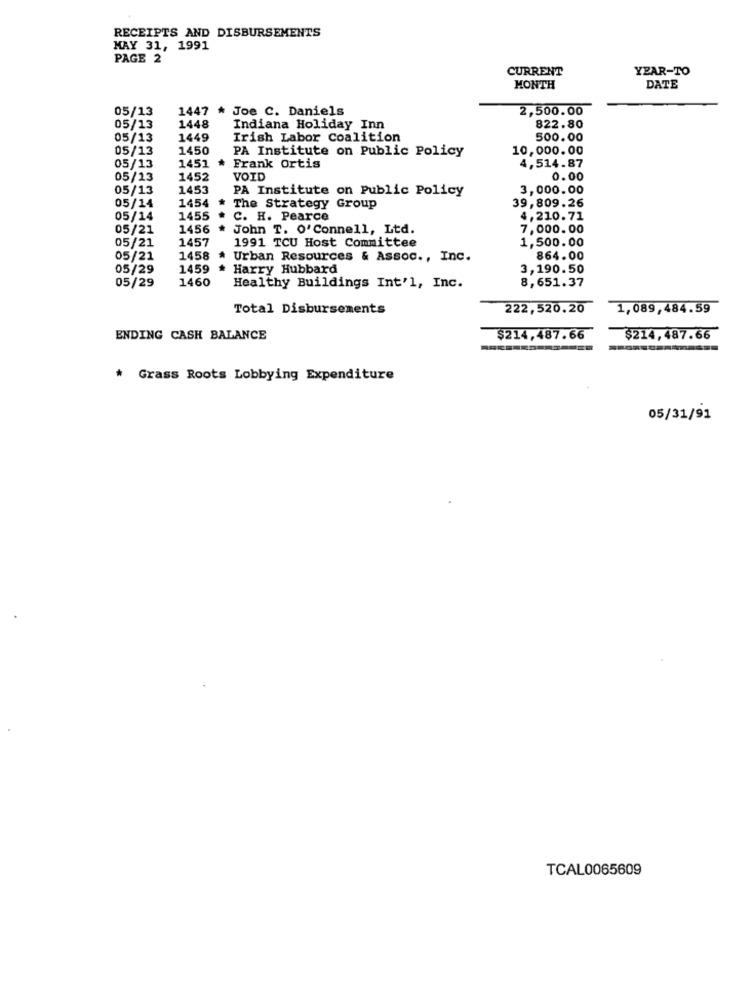
RECEIPTS AND DISBURSEMENTS
MAY 31, 1991
PAGE 2
CURRENT
YEAR-TO
MONTH
DATE
05/13
1447
* Joe C. Daniels
2,500.00
05/13
1448
Indiana Holiday Inn
822.80
05/13
1449
Irish Labor Coalition
500.00
05/13
1450
PA Institute on Public Policy
10,000.00
1451 *
05/13
Frank Ortis
4,514.87
05/13
1452
VOID
0.00
05/13
1453
PA Institute on Public Policy
3,000.00
1454
05/14
The Strategy Group
39,809.26
05/14
1455
. C. H. Pearce
4,210.71
05/21
1456
* John T. O' Connell, Ltd.
7,000.00
05/21
1457
1991 TCU Host Committee
1,500.00
05/21
1458
Urban Resources & Assoc ., Inc.
864.00
05/29
1459
* Harry Hubbard
3,190.50
05/29
1460
8,651.37
Healthy Buildings Int'l, Inc.
Total Disbursements
222,520.20
1,089,484.59
ENDING CASH BALANCE
$214,487.66
$214,487.66
* Grass Roots Lobbying Expenditure
05/31/91
TCAL0065609